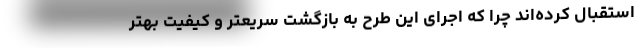
استقبال کرده‌اند چرا که اجرای این طرح به بازگشت سریعتر و کیفیت بهتر